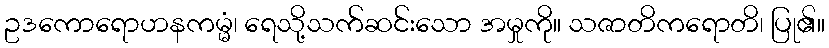
ဥဒကောရောဟနကမ္မံ၊ ရေသို့သက်ဆင်းသော အမှုကို။ သဇာတိကရောတိ၊ ပြု၏။